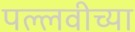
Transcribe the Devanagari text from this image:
पल्लवीच्या